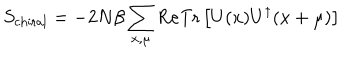
S _ { \mathrm { c h i r a l } } = - 2 N \beta \sum _ { x , \mu } \mathrm { R e } \mathrm { T r } \left[ U ( x ) U ^ { \dagger } ( x + \mu ) \right]